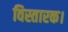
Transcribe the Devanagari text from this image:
विस्तारक।